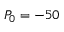
P _ { 0 } = - 5 0